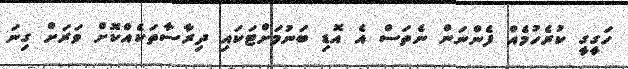
ހަގީގީ ކުރެހުމެއް ފެންނަން ނެތަސް އެ އޮޑި ބަނުމަށްޓަކައި ދިރާސާތަކެއްކޮށް ވަރަށް ގިނަ